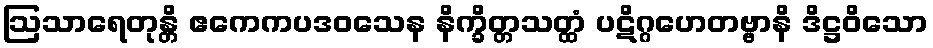
ဩသာရေတုန္တိ ဧကေကပဒဝသေန နိက္ခိတ္တသတ္ထံ ပဋိဂ္ဂဟေတဗ္ဗာနိ ဒိဋ္ဌဝိသော